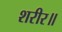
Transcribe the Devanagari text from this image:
शरीर॥